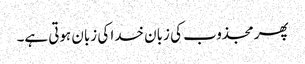
پھر مجذوب کی زبان خدا کی زبان ہوتی ہے۔